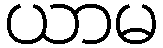
ယာမ